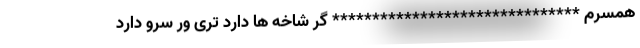
همسرم ******************************* گر شاخه ها دارد تری ور سرو دارد